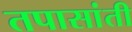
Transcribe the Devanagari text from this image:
तपासांती